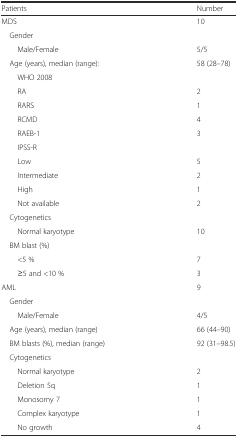
<table><thead><tr><td><b>Patients</b></td><td><b>Number</b></td></tr></thead><tbody><tr><td>MDS</td><td>10</td></tr><tr><td colspan="2"> Gender</td></tr><tr><td>Male/Female</td><td>5/5</td></tr><tr><td> Age (years), median (range):</td><td>58 (28–78)</td></tr><tr><td>WHO 2008</td><td></td></tr><tr><td>RA</td><td>2</td></tr><tr><td>RARS</td><td>1</td></tr><tr><td>RCMD</td><td>4</td></tr><tr><td>RAEB-1</td><td>3</td></tr><tr><td>IPSS-R</td><td></td></tr><tr><td>Low</td><td>5</td></tr><tr><td>Intermediate</td><td>2</td></tr><tr><td>High</td><td>1</td></tr><tr><td>Not available</td><td>2</td></tr><tr><td colspan="2"> Cytogenetics</td></tr><tr><td>Normal karyotype</td><td>10</td></tr><tr><td colspan="2"> BM blast (%)</td></tr><tr><td>&lt;5 %</td><td>7</td></tr><tr><td>≥5 and &lt;10 %</td><td>3</td></tr><tr><td>AML</td><td>9</td></tr><tr><td colspan="2"> Gender</td></tr><tr><td>Male/Female</td><td>4/5</td></tr><tr><td> Age (years), median (range)</td><td>66 (44–90)</td></tr><tr><td> BM blasts (%), median (range)</td><td>92 (31–98.5)</td></tr><tr><td colspan="2"> Cytogenetics</td></tr><tr><td>Normal karyotype</td><td>2</td></tr><tr><td>Deletion 5q</td><td>1</td></tr><tr><td>Monosomy 7</td><td>1</td></tr><tr><td>Complex karyotype</td><td>1</td></tr><tr><td>No growth</td><td>4</td></tr></tbody></table>